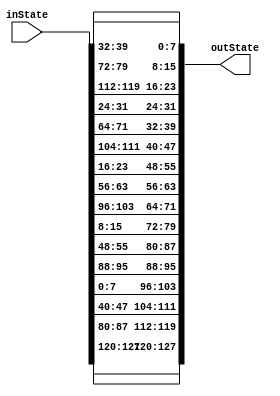
module ShiftRows(output [0:127] outState, input [0:127] inState );

assign outState[0:31] = {inState[0:7], inState[40:47], inState[80:87], inState[120:127] };		//1st Column
assign outState[32:63] = {inState[32:39], inState[72:79], inState[112:119], inState[24:31]};	//2nd Column
assign outState[64:95] = {inState[64:71], inState[104:111], inState[16:23], inState[56:63]};	//3rd column
assign outState[96:127] = {inState[96:103], inState[8:15], inState[48:55], inState[88:95]};	//4th column

endmodule